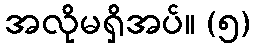
အလိုမရှိအပ်။ (၅)